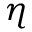
\eta